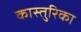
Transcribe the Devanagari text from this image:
कास्तुरिका